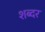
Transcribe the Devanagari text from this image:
शब्दर